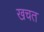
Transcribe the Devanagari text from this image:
खचत